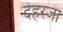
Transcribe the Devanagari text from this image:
देहरजा